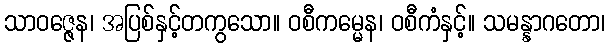
သာဝဇ္ဇေန၊ အပြစ်နှင့်တကွသော။ ဝစီကမ္မေန၊ ဝစီကံနှင့်။ သမန္နာဂတော၊